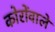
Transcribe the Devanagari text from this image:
कोरोंवाले